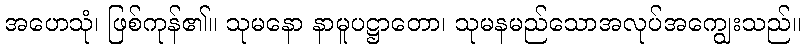
အဟေသုံ၊ ဖြစ်ကုန်၏။ သုမနော နာမူပဋ္ဌာတော၊ သုမနမည်သောအလုပ်အကျွေးသည်။